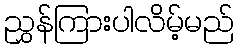
ညွှန်ကြားပါလိမ့်မည်